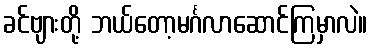
ခင်ဗျားတို့ ဘယ်တော့မင်္ဂလာဆောင်ကြမှာလဲ။